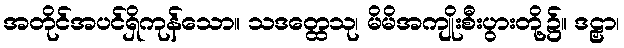
အတိုင်အပင်ရှိကုန်သော။ သဒတ္ထေသု၊ မိမိအကျိုးစီးပွားတို့၌။ ဒဠှာ၊